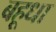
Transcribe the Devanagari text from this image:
बहूधा